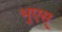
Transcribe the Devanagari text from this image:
भुएस्‌